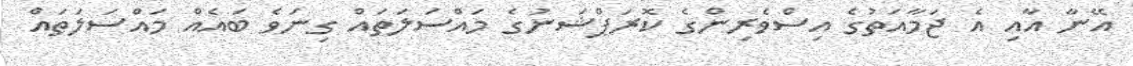
އޭނާ އާއި އެ ޖަމާއަތުގެ އިސްވެރިންގެ ކޮރަޕްޝަނުގެ މައްސަލަތައް ގިނަވެ ބައެއް މައްސަލަތައް